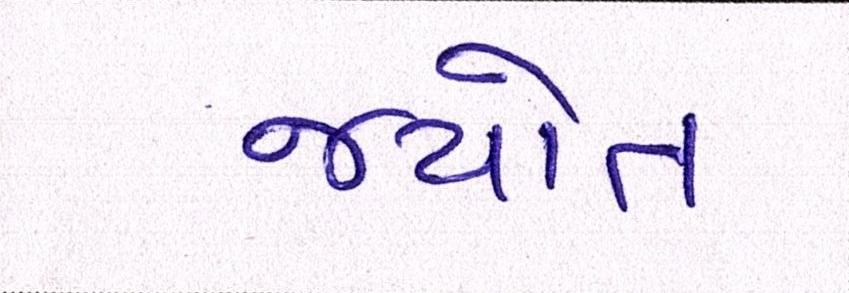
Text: જયોત